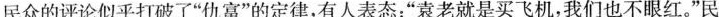
民众的评论似乎打破了”仇富”的定律，有人表态：”袁老就是买飞机，我们也不眼红。”民